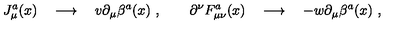
J _ { \mu } ^ { a } ( x ) \quad \longrightarrow \quad v \partial _ { \mu } \beta ^ { a } ( x ) \ , \qquad \partial ^ { \nu } F _ { \mu \nu } ^ { a } ( x ) \quad \longrightarrow \quad - w \partial _ { \mu } \beta ^ { a } ( x ) \ ,